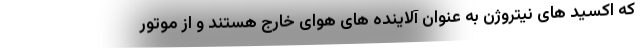
که اکسید های نیتروژن به عنوان آلاینده های هوای خارج هستند و از موتور